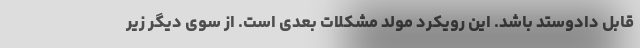
قابل دادوستد باشد. این رویکرد مولد مشکلات بعدی است. از سوی دیگر زیر